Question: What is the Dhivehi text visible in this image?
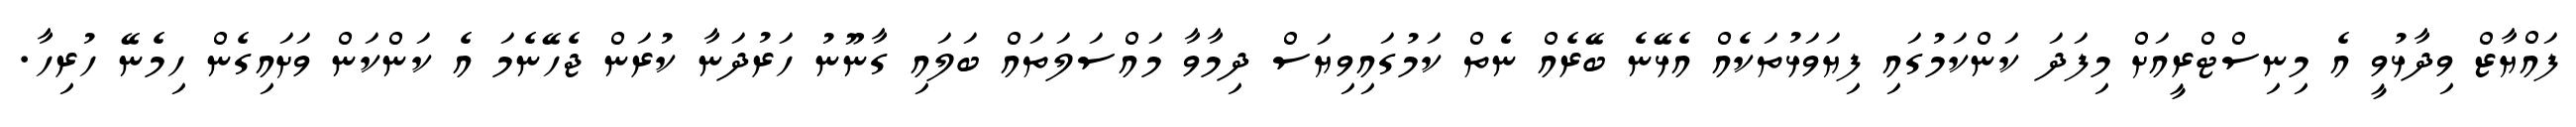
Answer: ފައްޔާޒް ވިދާޅުވީ އެ މިނިސްޓްރީއަށް މިފަދަ ކަންކަމުގައި ފިޔަވަޅުތަކެއް އެޅޭނެ ބޭރެއް ނެތް ކަމުގައިވިޔަސް ދިމާވާ މައްސަލަތައް ބަލައި ގާނޫނު ހަރުދަނާ ކުރަން ޖެހޭނެމަ އެ ކަންކަން ވަށައިގެން ހިމެނޭ ހުރިހާ.